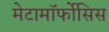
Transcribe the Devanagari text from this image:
मेटामॉर्फोसिस